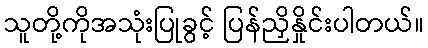
သူတို့ကိုအသုံးပြုခွင့် ပြန်ညှိနှိုင်းပါတယ်။